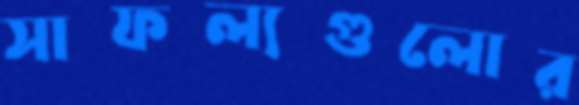
সাফল্যগুলোর